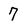
Character: 7